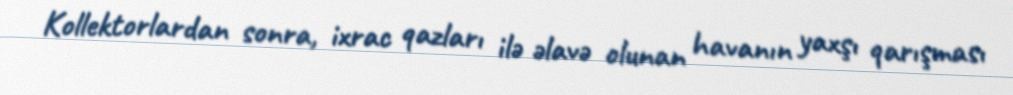
Kollektorlardan sonra, ixrac qazları ilə əlavə olunan havanın yaxşı qarışması